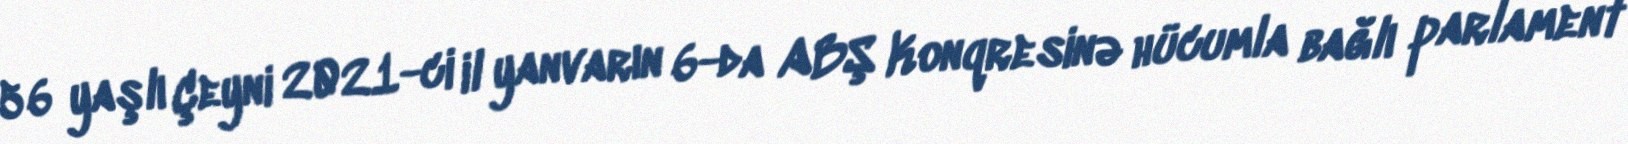
56 yaşlı Çeyni 2021-ci il yanvarın 6-da ABŞ Konqresinə hücumla bağlı parlament